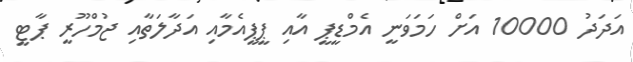
އަދަދު 10000 އަށް ހަމަަވަނީ އެމްޑީޕީ އާއި ޕީޕީއެމާއި އަދާލަތާއި ޖުމްހޫރީ ޕާޓީ